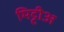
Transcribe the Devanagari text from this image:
मिट्टीअ